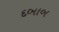
દબાબ